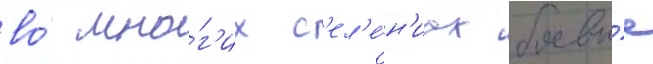
во́ мно́г'их с'ел'е́н'иах боевы́е